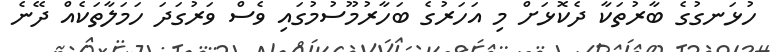
ހުޅަނގުގެ ބާރުތަކާ ދެކޮޅަށް މި އަހަރުގެ ބަހާރުމޫސުމުގައި ވެސް ވަރުގަދަ ހަމަލާތަކެއް ދޭނެ